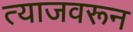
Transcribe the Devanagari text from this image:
त्याजवरून